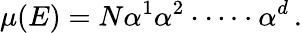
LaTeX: \mu(E)=N\alpha^{1}\alpha^{2}\cdot\dots\cdot\alpha^{d}\, .